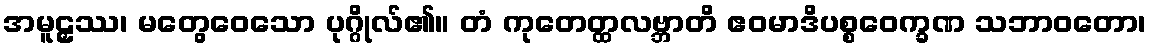
အမူဠှဿ၊ မတွေဝေသော ပုဂ္ဂိုလ်၏။ တံ ကုတေတ္ထလဗ္ဘာတိ ဧဝမာဒိပစ္စဝေက္ခဏ သဘာဝတော၊